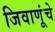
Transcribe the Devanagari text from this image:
जिवाणूंचे